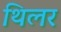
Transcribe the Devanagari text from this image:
थिलर